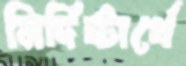
নির্দিষ্টার্থে